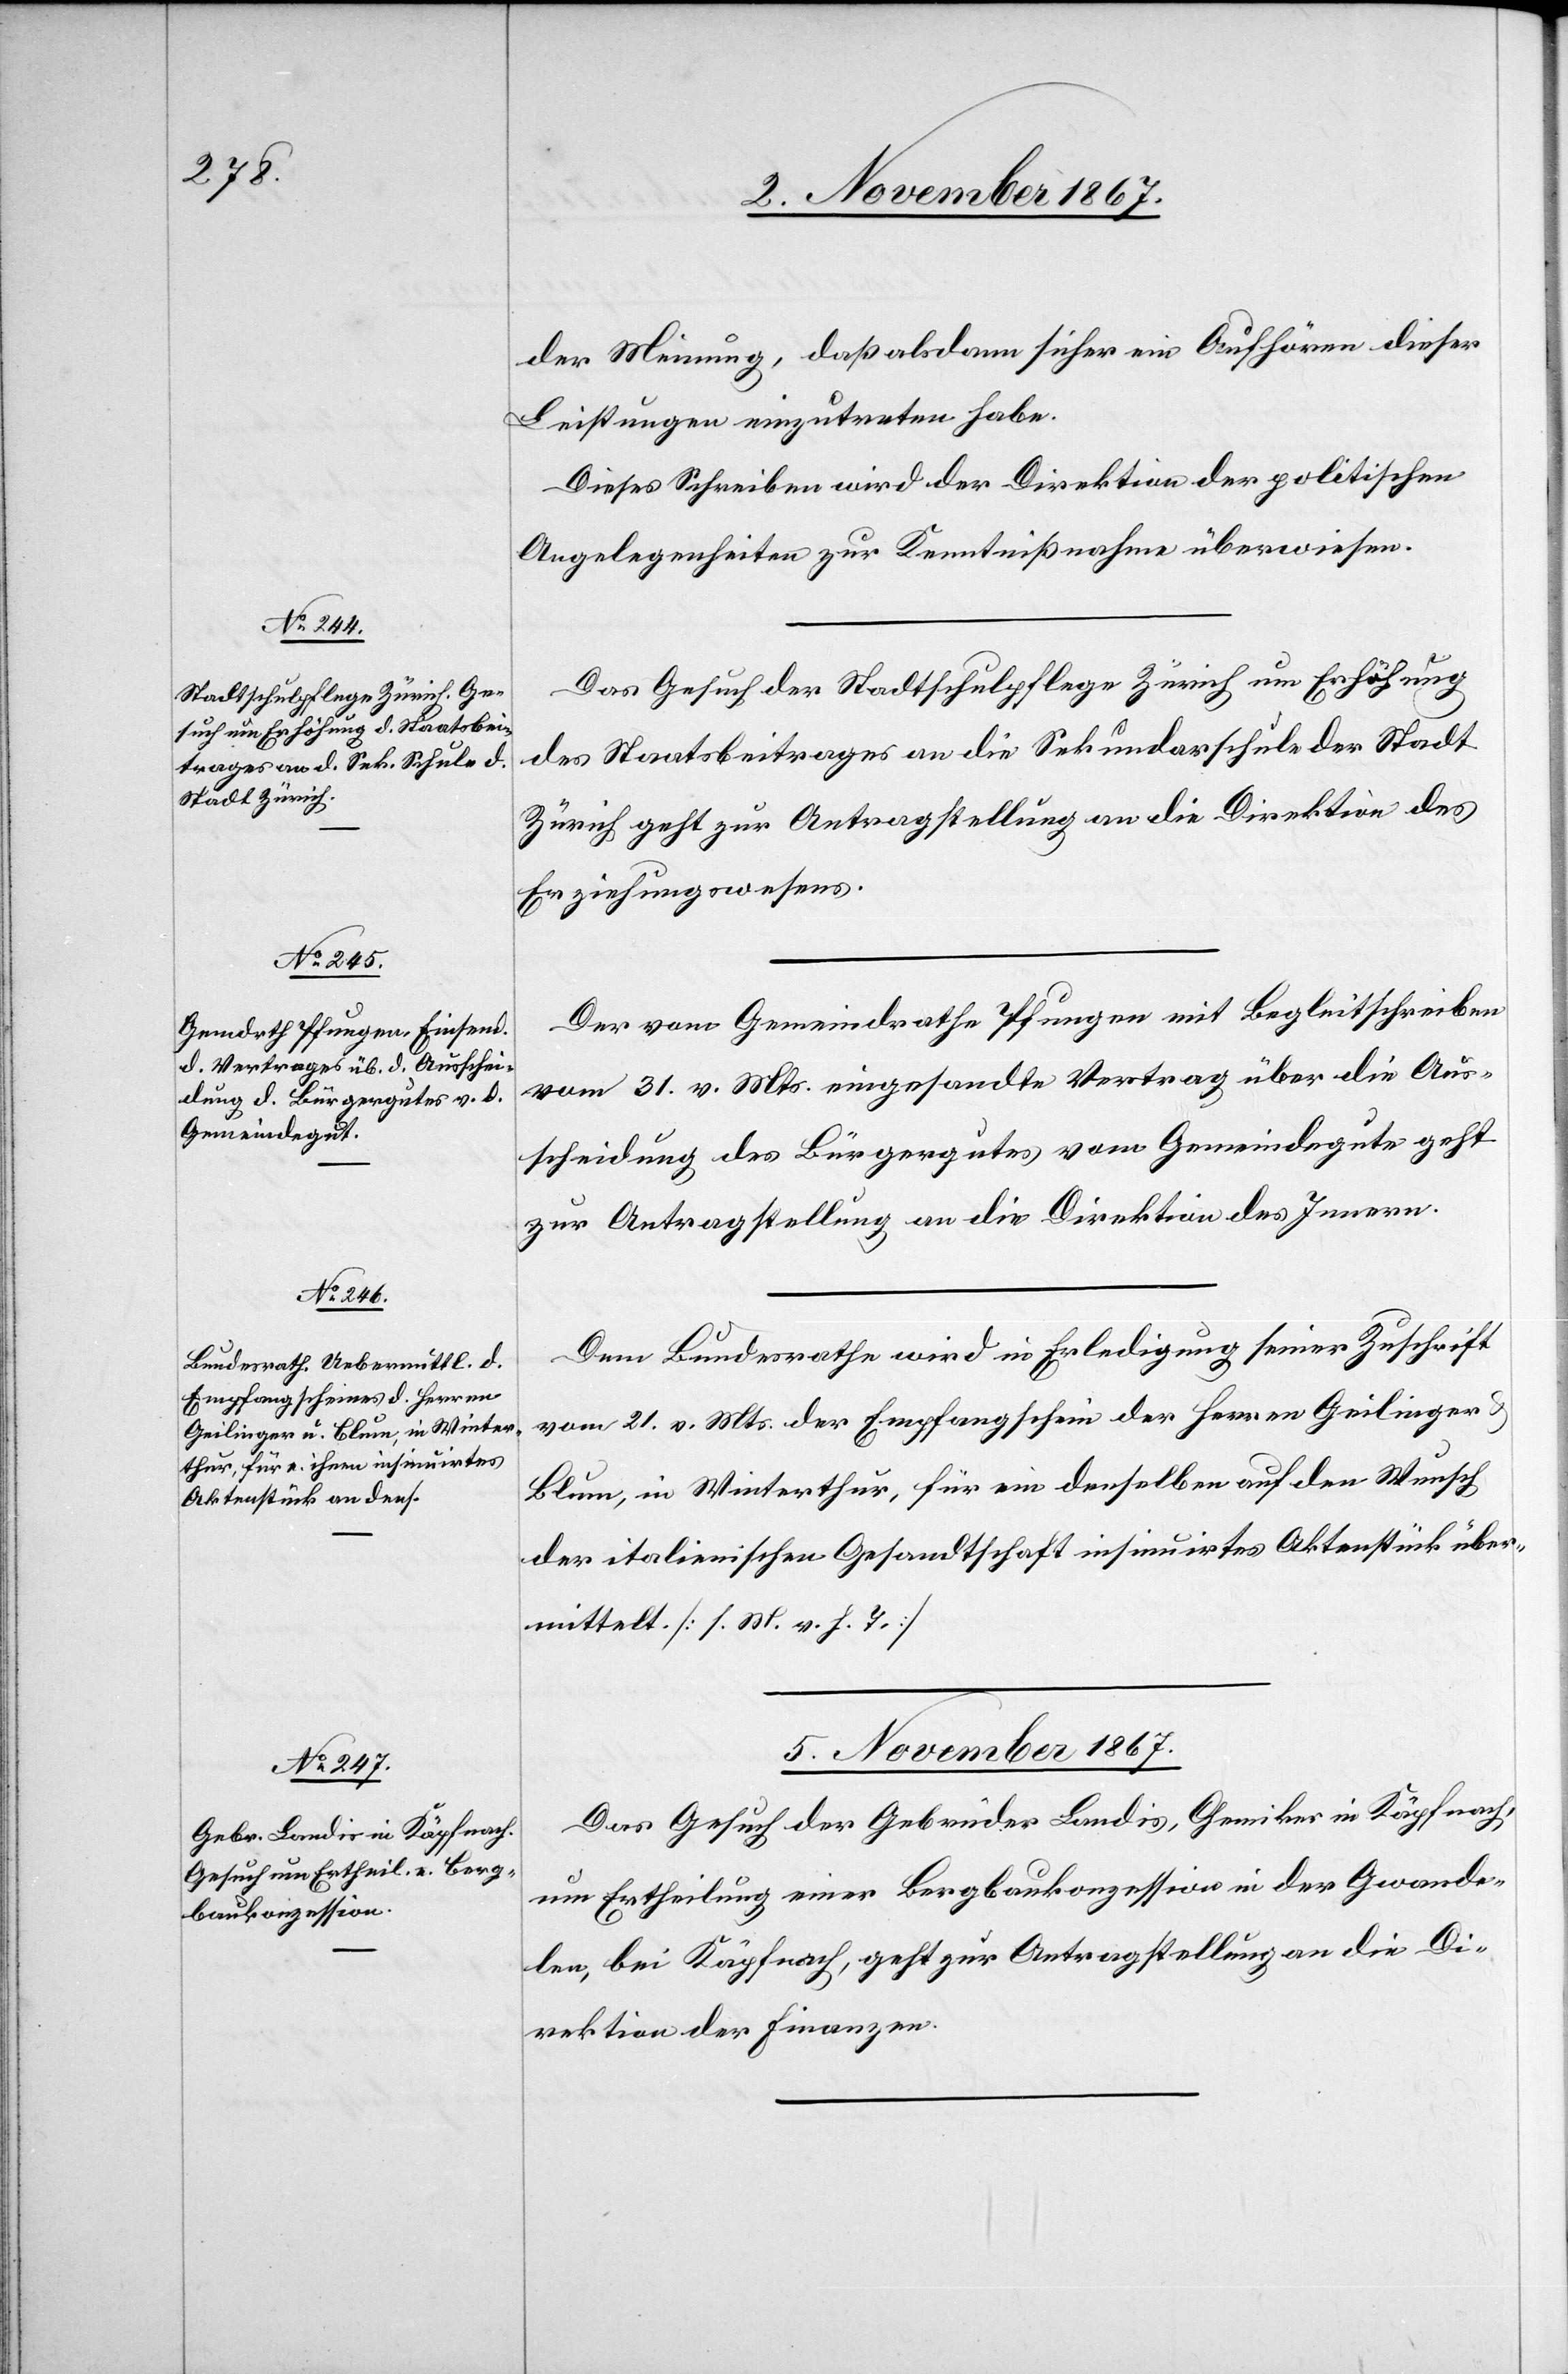
der Meinung, daß alsdann sicher ein Aufhören dieser
Leistungen einzutreten habe.
Dieses Schreiben wird der Direktion der politischen
Angelegenheiten zur Kenntnißnahme überwiesen.
Das Gesuch der Stadtschulpflege Zürich um Erhöhung
des Staatsbeitrages an die Sekundarschule der Stadt
Zürich geht zur Antragstellung an die Direktion des
Erziehungswesens.
Der vom Gemeindrathe Pfungen mit Begleitschreiben
vom 31. v. Mts. eingesandte Vertrag über die Aus¬
scheidung des Bürgergutes vom Gemeindegute geht
zur Antragstellung an die Direktion des Innern.
Dem Bundesrathe wird in Erledigung seiner Zuschrift
vom 21. v. Mts. der Empfangschein der Herren Geilinger
Blum, in Winterthur, für ein denselben auf den Wunsch
der italienischen Gesandtschaft insinuirtes Aktenstück über¬
mittelt. [l. M. v. h. T.]
5. November 1867.
Das Gesuch der Gebrüder Landis, Chemiker in Käpfnach,
um Ertheilung einer Bergbaukonzession in der Gwande¬
len, bei Käpfnach, geht zur Antragstellung an die Di¬
rektion der Finanzen.